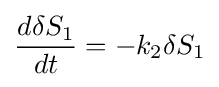
{\frac {d\delta S_{1}}{dt}}=-k_{2}\delta S_{1}